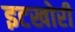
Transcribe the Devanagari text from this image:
इटखोरी